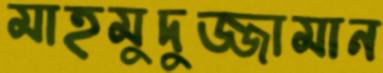
মাহমুদুজ্জামান